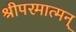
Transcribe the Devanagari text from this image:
श्रीपरमात्मन्